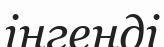
інгенді